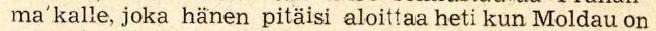
ma'kalle, joka hänen pitäisi aloittaa heti kun Moldau on